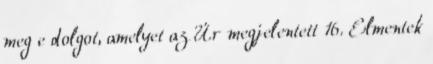
meg e dolgot, amelyet az Úr megjelentett 16. Elmentek